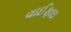
વાઈફાઇ